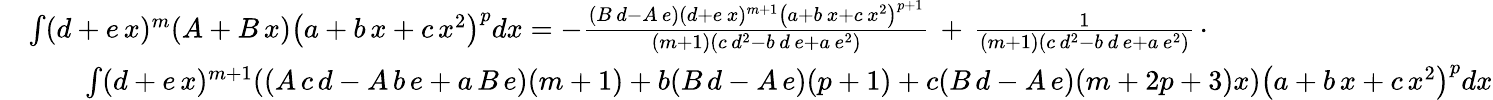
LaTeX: {\begin{array}{rl}&{\int(d+e\, x)^{m}(A+B\, x)\left(a+b\, x+c\, x^{2}\right)^{p}dx=-{\frac{(B\, d-A\, e)(d+e\, x)^{m+1}\left(a+b\, x+c\, x^{2}\right)^{p+1}}{(m+1)\left(c\, d^{2}-b\, d\, e+a\, e^{2}\right)}}\, +\, {\frac{1}{(m+1)\left(c\, d^{2}-b\, d\, e+a\, e^{2}\right)}}\, \cdot}\\ &{\qquad\int(d+e\, x)^{m+1}((A\, c\, d-A\, b\, e+a\, B\, e)(m+1)+b(B\, d-A\, e)(p+1)+c(B\, d-A\, e)(m+2p+3)x)\left(a+b\, x+c\, x^{2}\right)^{p}dx}\end{array}}